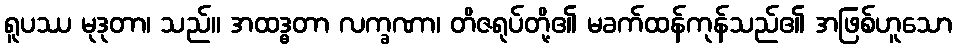
ရူပဿ မုဒုတာ၊ သည်။ အထဒ္ဓတာ လက္ခဏာ၊ တိဇရုပ်တို့၏ မခက်ထန်ကုန်သည်၏ အဖြစ်ဟူသော